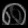
Digit: ၈